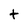
Character: t